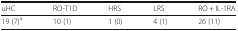
<table><thead><tr><td><b>uHC</b></td><td><b>RO-T1D</b></td><td><b>HRS</b></td><td><b>LRS</b></td><td><b>RO + IL-1RA</b></td></tr></thead><tbody><tr><td>19 (7)<sup>a</sup></td><td>10 (1)</td><td>1 (0)</td><td>4 (1)</td><td>26 (11)</td></tr></tbody></table>